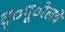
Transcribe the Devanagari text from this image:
द्०पू०रेलवे